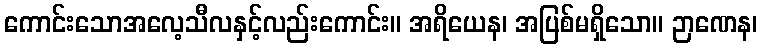
ကောင်းသောအလေ့သီလနှင့်လည်းကောင်း။ အရိယေန၊ အပြစ်မရှိသော။ ဉာဏေန၊